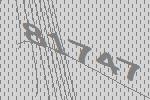
81747